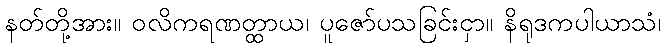
နတ်တို့အား။ ဝလိကရဏတ္ထာယ၊ ပူဇော်ပသခြင်းငှာ။ နိရုဒကပါယာသံ၊